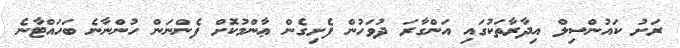
ރަށު ކައުންސިލް އިދާރާތަކުގައި އަންގާރަ ދުވަހުން ފެށިގެން ޢާންމުކޮށް ފެންނަން ހުންނާނެ ބަހައްޓާނެ